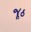
જૂઠ